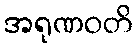
အရုဏဝတိ